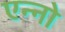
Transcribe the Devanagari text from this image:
एन्नो